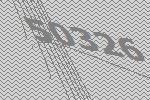
50326